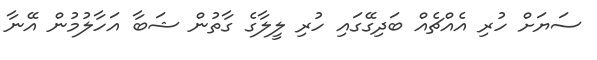
ސަޔަށް ހުރި އެއްޗެއް ބަދިގޭގައި ހުރި ލީލާގެ ގާތުން ޝަބާ އަހާލުމުން އޭނާ